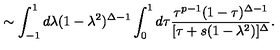
\sim \int _ { - 1 } ^ { 1 } d \lambda ( 1 - \lambda ^ { 2 } ) ^ { \Delta - 1 } \int _ { 0 } ^ { 1 } d \tau \frac { \tau ^ { p - 1 } ( 1 - \tau ) ^ { \Delta - 1 } } { [ \tau + s ( 1 - \lambda ^ { 2 } ) ] ^ { \Delta } } .